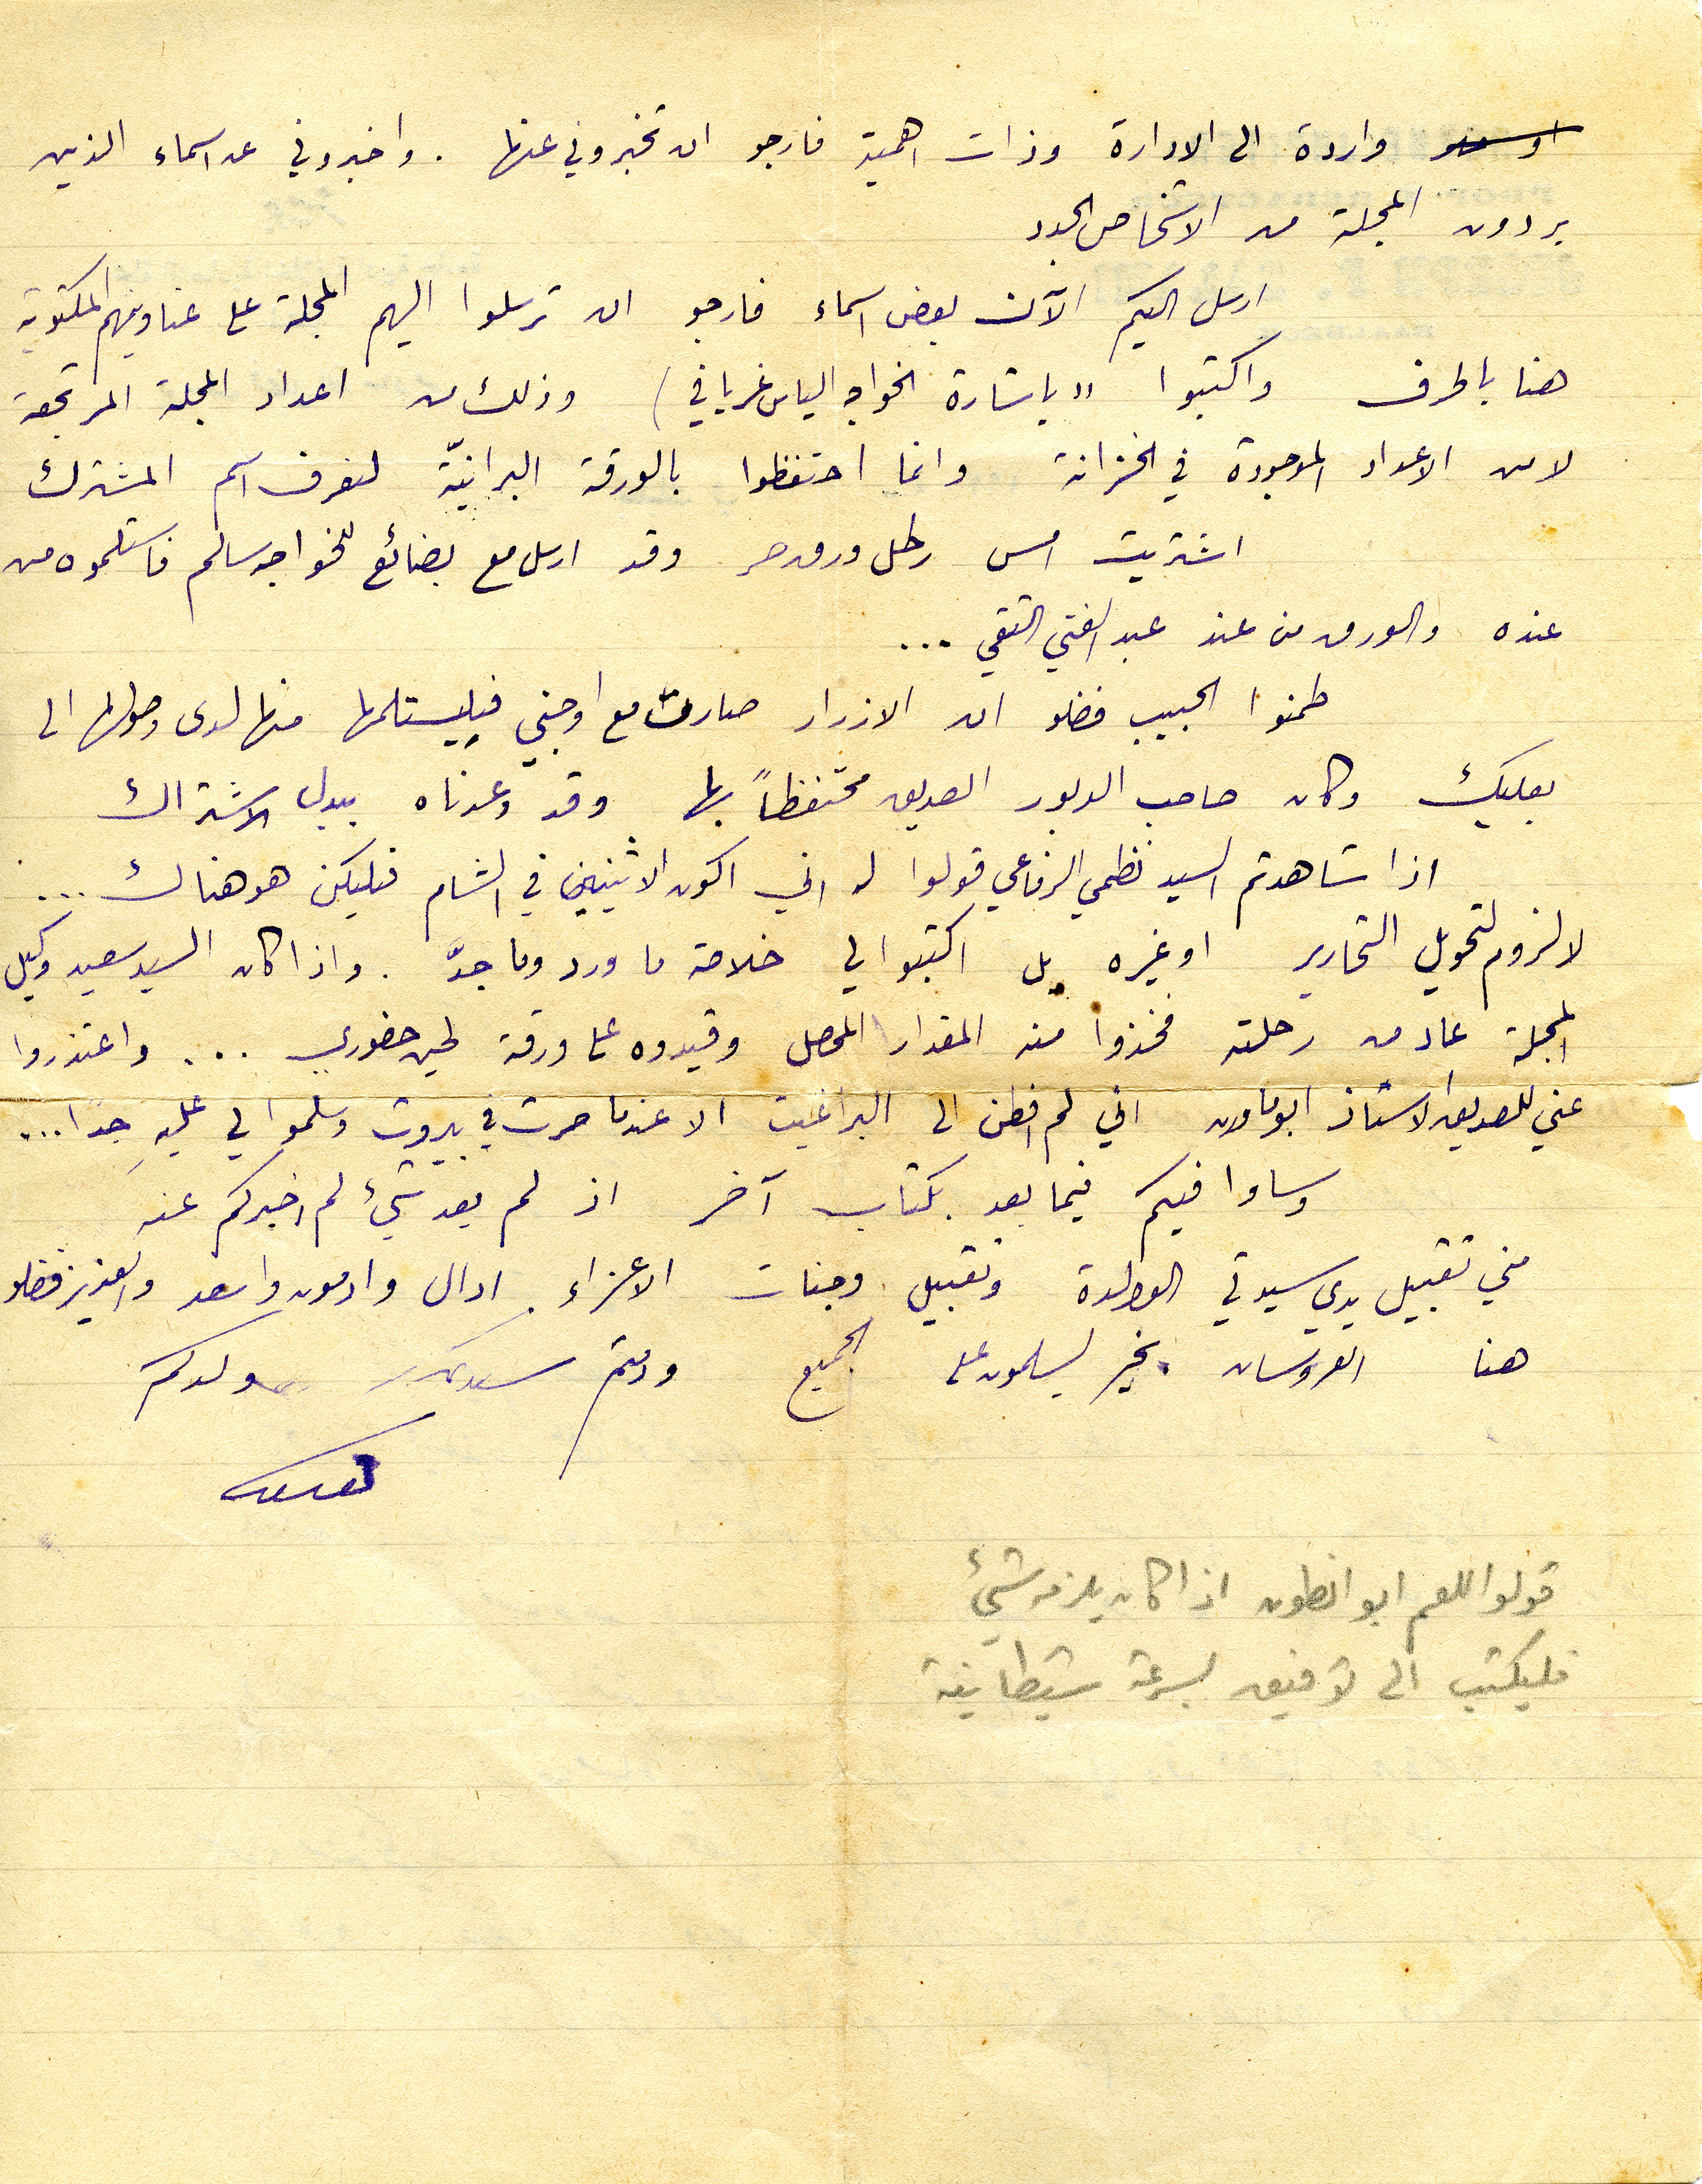
واردة الى الادارة وذات اهمية فارجو ان تخبروني عنها . واخبروني عن اسماء الذين
يردون المجلة من الاشخاص الجدد
ارسل اليكم الآن بعض اسماء فارجو ان ترسلوا اليهم المجلة على عناوينهم المكتوبة
هنا بالحرف واكتبو "باشارة الخواجه الياس غريافي) وذلك من اعداد المجلة المرتجعة
لا من الاعداد الموجودة في الخزانة وانما احتفظوا بالورقة البرانيّة لنعرف اسم المشترك
اشتريت امس رطل ورق حر وقد ارسل مع بضائع للخواجه سالم فاستلموه من
عنده والورق من عند عبد الفتي التقي...
طمنوا الحبيب فضلو ان الازرار صارت مع اوجني فليستلمها منها لدى وصولها الى
بعلبك وكان صاحب الدبور الصديق محتفظاً بها وقد وعدناه ببدل الاشتراك
اذا شاهدتم السيد نظمي الرفاعي قولوا له اني اكون الاثنين في الشام فليكن هو هناك...
لا لزوم لتحويل التحارير او غيره بل اكتبوا لي خلاصة ما ورد وما جدّ. واذا كان السيد سعيد وكيل
المجلة عاد من رحلته فخذوا من المقدار المحصل وقيدوه على ورقة لحين حضوري ... واعتذروا
وساوافيكم فيما بعد بكتاب آخر اذ لم يعد شيء لم اخبركم عنه
مني تقبيل يدي سيدتي الوالدة وتقبيل وجنات الاعزاء ادال وادمون واسعد والعزيز فضلو
هنا العروسان بخير يسلمون على الجميع ودمتم        ولدكم
قولوا للعم ابو انطون اذا كان يلزمه شيء
فليكتب الى توفيق بسرعة شيطانية
عني للصديق الاستاذ ابو مارون اني لم افطن الى البراغيت الاعندما صرت في بيروت وسلموا لي عليه جدًا...